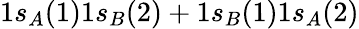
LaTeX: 1s_{A}(1)1s_{B}(2)+1s_{B}(1)1s_{A}(2)